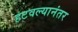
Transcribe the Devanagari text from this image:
हटवल्यानंतर